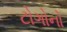
ટોગોનો